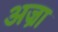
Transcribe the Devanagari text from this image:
अज्रा